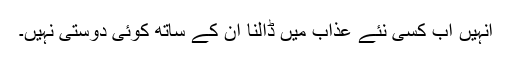
انہیں اب کسی نئے عذاب میں ڈالنا ان کے ساتھ کوئی دوستی نہیں۔